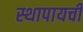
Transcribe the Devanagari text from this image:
स्थापायची